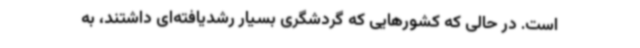
است. در حالی که کشورهایی که گردشگری بسیار رشدیافته‌ای داشتند، به